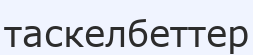
таскелбеттер